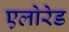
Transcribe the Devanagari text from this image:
एलोरेड